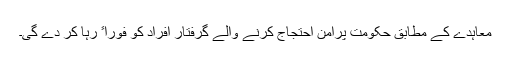
معاہدے کے مطابق حکومت پرامن احتجاج کرنے والے گرفتار افراد کو فوراﹰ رہا کر دے گی۔